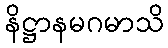
နိဋ္ဌာနမဂမာသိ